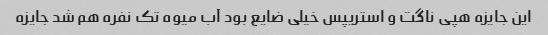
این جایزه هپی ناگت و استریپس خیلی ضایع بود آب میوه تک نفره هم شد جایزه